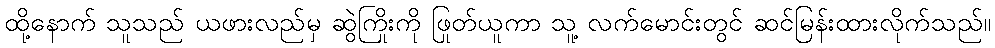
ထို့နောက် သူသည် ယဖားလည်မှ ဆွဲကြိုးကို ဖြုတ်ယူကာ သူ့ လက်မောင်းတွင် ဆင်မြန်းထားလိုက်သည်။